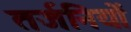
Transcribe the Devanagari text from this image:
तर्जनियों